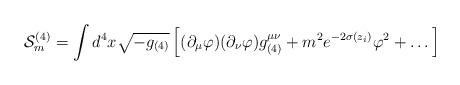
\begin{align*}{\cal S}_m^{(4)} = \int d^4 x \sqrt{-g_{(4)}} \left[(\partial_\mu \varphi )(\partial_\nu \varphi )g^{\mu\nu}_{(4)} +m^2 e^{-2\sigma(z_i)} \varphi^2 + \dots \right]\end{align*}